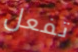
تفعل